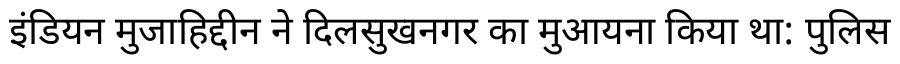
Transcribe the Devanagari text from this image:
इंडियन मुजाहिद्दीन ने दिलसुखनगर का मुआयना किया था: पुलिस